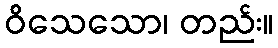
ဝိသေသော၊ တည်း။